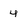
Character: 4